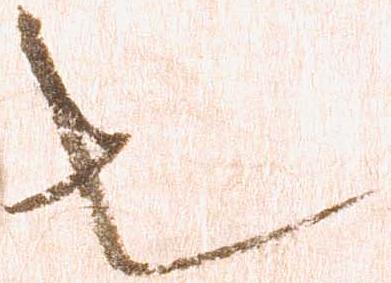
也